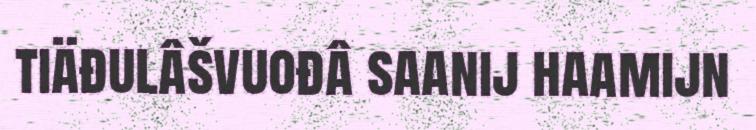
tiäđulâšvuođâ saanij haamijn